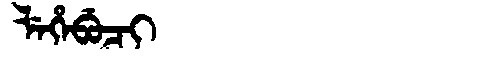
Manchu: ᠯᡝᡥᡝᠪᡠᠴᡳ
Romanization: LEHEBUCI